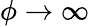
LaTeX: \phi\rightarrow\infty